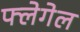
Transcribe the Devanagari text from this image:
फ्लेगेल